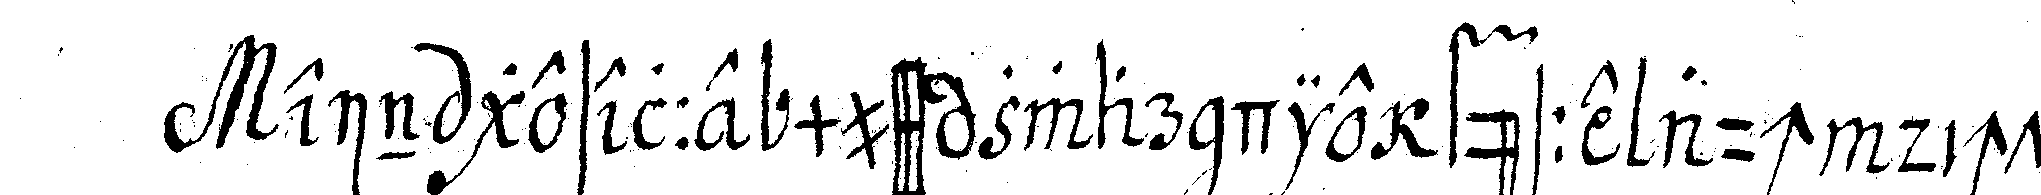
ein geselle muss zwar die füsse auch dichte